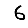
Digit: 6